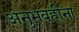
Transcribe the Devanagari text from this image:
अनुभवहीना